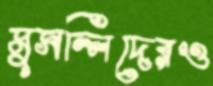
মুসল্লিদেরও